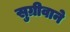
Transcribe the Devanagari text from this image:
सुग्रीवाने